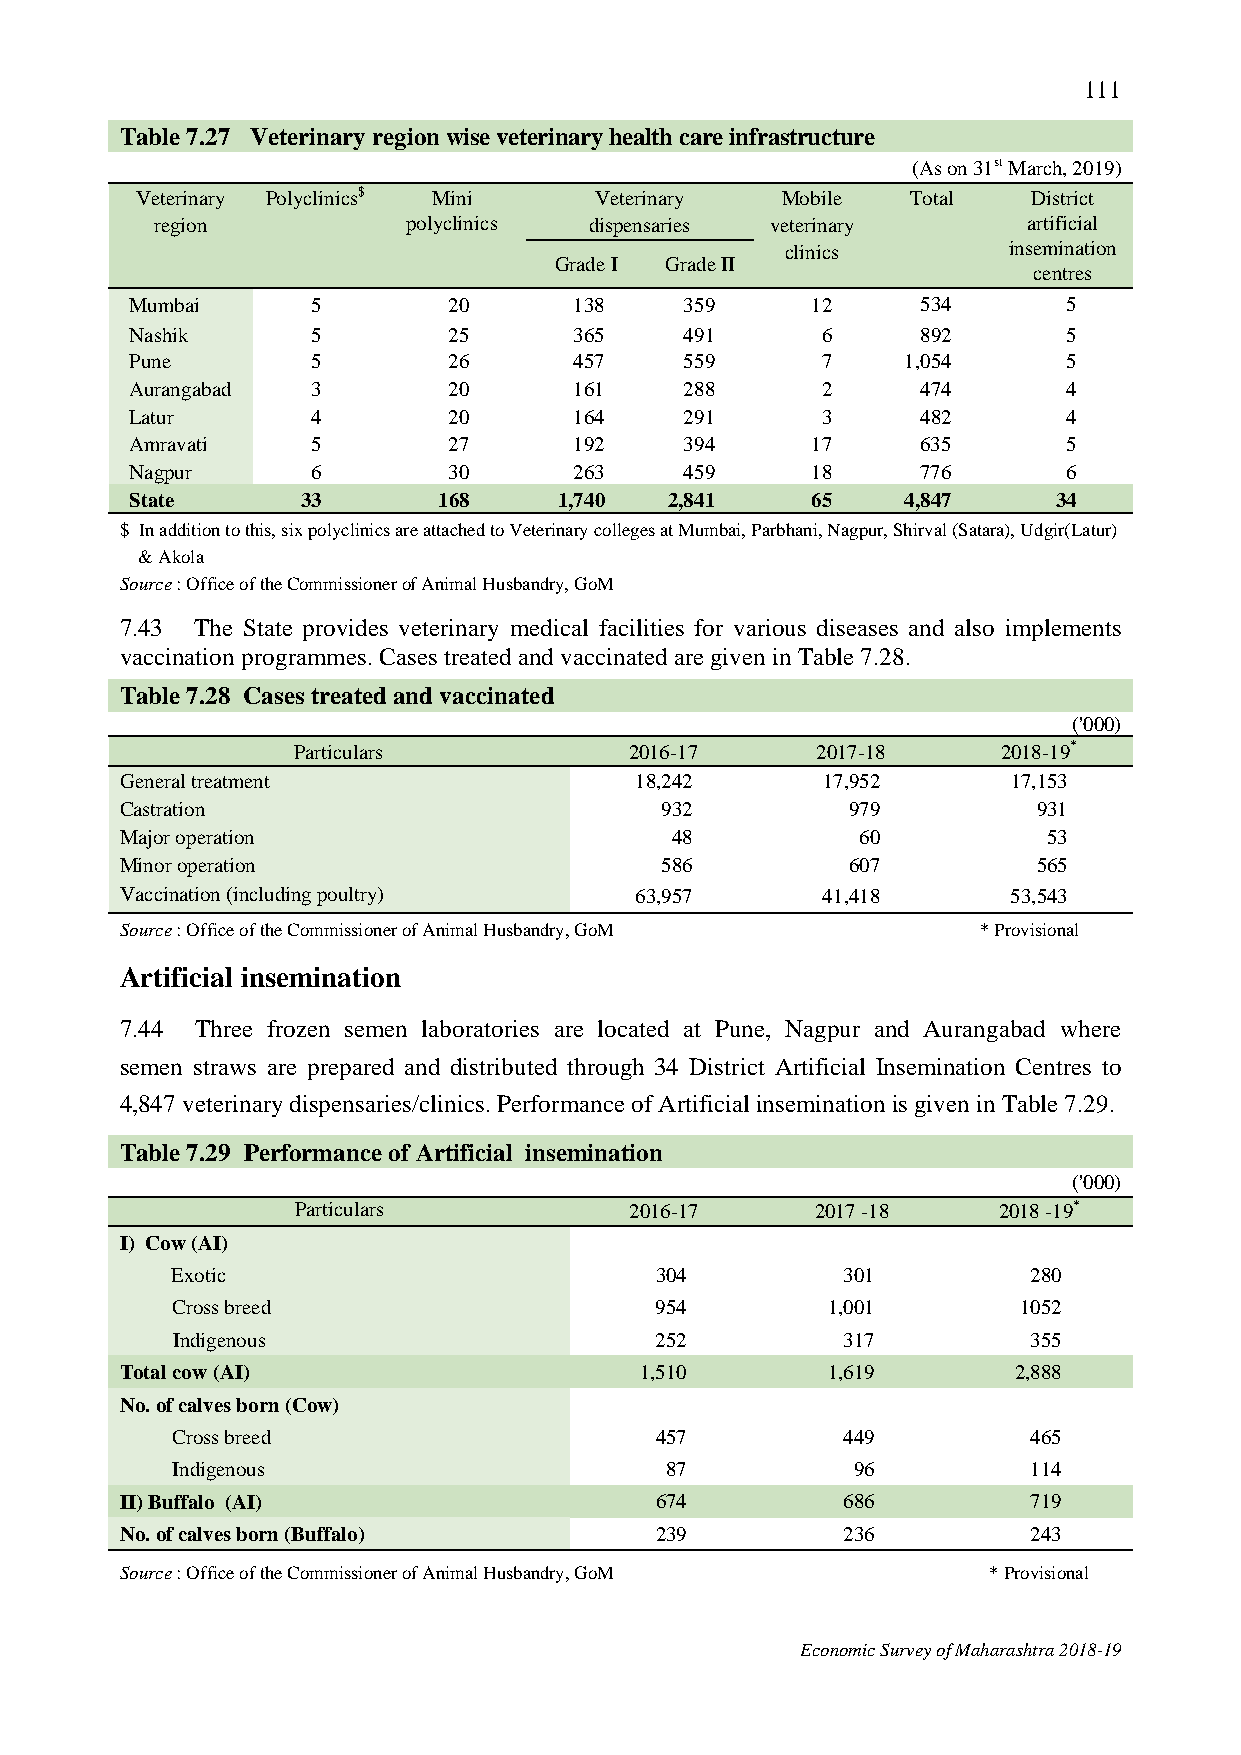
111
 Table 7.27 Veterinary region wise veterinary health care infrastructure
 (As on 31st March, 2019)
 Veterinary Polyclinics$ Mini  Veterinary   Mobile  Total   District
 region           polyclinics dispensaries veterinary      artificial
 clinics        insemination
 Grade I Grade II
 centres
 Mumbai      5        20      138    359      12     534       5
 Nashik      5        25      365    491      6      892       5
 Pune        5        26      457    559      7     1,054      5
 Aurangabad  3        20      161    288      2      474       4
 Latur       4        20      164    291      3      482       4
 Amravati    5        27      192    394      17     635       5
 Nagpur      6        30      263    459      18     776       6
 State      33       168     1,740  2,841     65    4,847     34
 $ In addition to this, six polyclinics are attached to Veterinary colleges at Mumbai, Parbhani, Nagpur, Shirval (Satara), Udgir(Latur)
 & Akola
 Source : Office of the Commissioner of Animal Husbandry, GoM
 7.43 The State provides veterinary medical facilities for various diseases and also implements
 vaccination programmes. Cases treated and vaccinated are given in Table 7.28.
 Table 7.28 Cases treated and vaccinated
 ('000)
 Particulars            2016-17     2017-18     2018-19*
 General treatment                 18,242      17,952       17,153
 Castration                          932         979          931
 Major operation                     48           60          53
 Minor operation                     586         607          565
 Vaccination (including poultry)   63,957      41,418       53,543
 Source : Office of the Commissioner of Animal Husbandry, GoM * Provisional
 Artificial insemination
 7.44 Three frozen semen laboratories are located at Pune, Nagpur and Aurangabad where
 semen straws are prepared and distributed through 34 District Artificial Insemination Centres to
 4,847 veterinary dispensaries/clinics. Performance of Artificial insemination is given in Table 7.29.
 Table 7.29 Performance of Artificial insemination
 ('000)
 Particulars           2016-17     2017 -18    2018 -19*
 I) Cow (AI)
 Exotic                          304          301         280
 Cross breed                     954         1,001       1052
 Indigenous                      252          317         355
 Total cow (AI)                    1,510        1,619       2,888
 No. of calves born (Cow)
 Cross breed                     457          449         465
 Indigenous                       87          96          114
 II) Buffalo (AI)                   674          686         719
 No. of calves born (Buffalo)       239          236         243
 Source : Office of the Commissioner of Animal Husbandry, GoM * Provisional
 Economic Survey of Maharashtra 2018-19